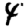
Digit: 4